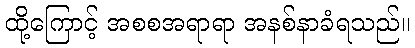
ထို့ကြောင့် အစစအရာရာ အနစ်နာခံရသည်။